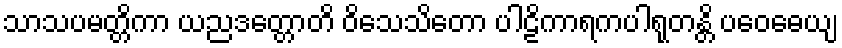
သာသပမတ္တိကာ ယညဒတ္တောတိ ဝိသေသိတော ပါဠိကာရကပါရုတန္တိ ပဝေဓေယျ